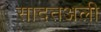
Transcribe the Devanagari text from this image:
सादतअली